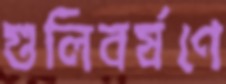
গুলিবর্ষণে